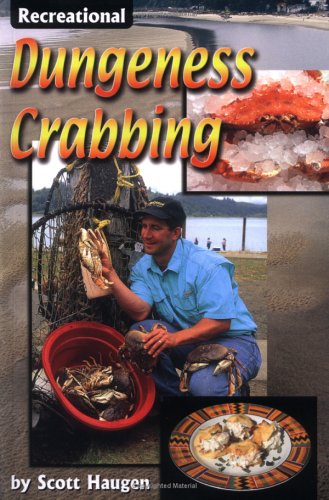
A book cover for Recreational Dungeness Crabbing; Scott Haugen; Cookbooks, Food & Wine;